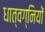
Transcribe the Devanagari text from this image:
धात्वग्नियों